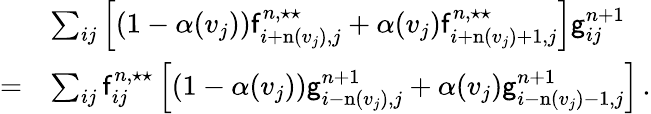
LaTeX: \begin{array}{rl}&{\sum_{ij}\left[(1-\alpha(v_{j}))\mathsf{f}_{i+\mathrm{n}(v_{j}),j}^{n,\star\star}+\alpha(v_{j})\mathsf{f}_{i+\mathrm{n}(v_{j})+1,j}^{n,\star\star}\right]\mathsf{g}_{ij}^{n+1}}\\ {=}&{\sum_{ij}\mathsf{f}_{ij}^{n,\star\star}\left[(1-\alpha(v_{j}))\mathsf{g}_{i-\mathrm{n}(v_{j}),j}^{n+1}+\alpha(v_{j})\mathsf{g}_{i-\mathrm{n}(v_{j})-1,j}^{n+1}\right]\, .}\end{array}